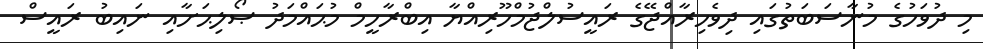
މި ދުވަހުގެ މުނާސަބަތުގައި ދިވެހިރާއްޖޭގެ ރައީސުލްޖުމްހޫރިއްޔާ އިބްރާހީމް މުޙައްމަދު ޞޯލިޙަށާއި ނައިބު ރައީސް